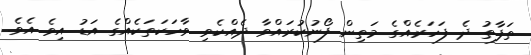
ތަފާތު ދެ ފަހަރެއްގެ މަތިން ފޯނުކުރައްވާ ދެއްކެވި ވާހަކަތަކެއްގެ އަޑު އިވެ އެވެ.